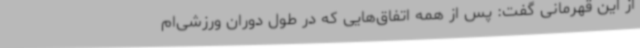
از این قهرمانی گفت: پس از همه اتفاق‌هایی که در طول دوران ورزشی‌ام